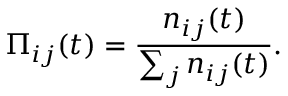
\Pi _ { i j } ( t ) = \frac { n _ { i j } ( t ) } { \sum _ { j } n _ { i j } ( t ) } .